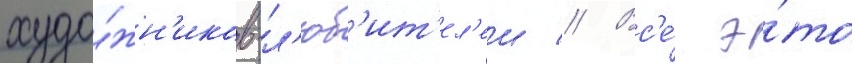
худо́жн'иков-л'юб'ит'ел'еи // Вс'е́ э́то